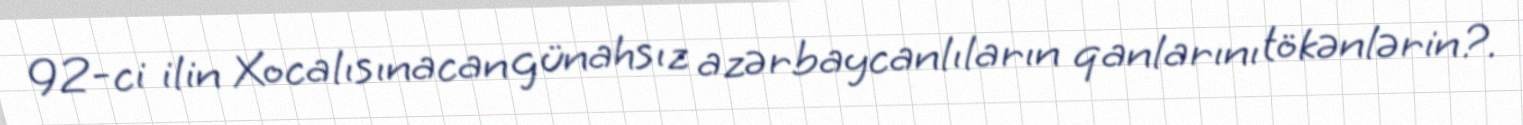
92-ci ilin Xocalısınacan günahsız azərbaycanlıların qanlarını tökənlərin?.